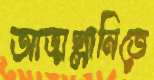
আত্মগ্লানিতে